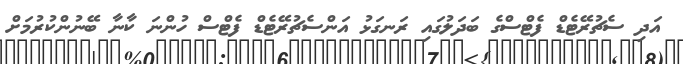
އަދި ސެޗުރޭޓެޑް ފެޓްސްގެ ބަދަލުގައި ރަނގަޅު އަންސެޗުރޭޓެޑް ފެޓްސް ހުންނަ ކާނާ ބޭނުންކުރުމަށް